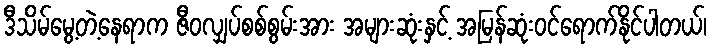
ဒီသိမ်မွေ့တဲ့နေရာက ဇီဝလျှပ်စစ်စွမ်းအား အများဆုံးနှင့် အမြန်ဆုံးဝင်ရောက်နိုင်ပါတယ်၊